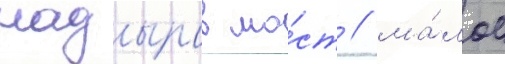
надыров мо́ст / ма́лое